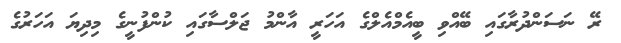
ރޭ ނަސަންދުރާގައި ބޭއްވި ބީއެމްއެލްގެ އަހަރީ އާންމު ޖަލްސާގައި ކުންފުނީގެ މިދިޔަ އަހަރުގެ